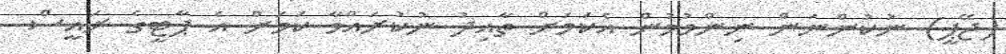
(ޖޭޕީ) ނުކުންނަން ނިންމުމުން އެކަމަށް ތާއިދު ނުކުރައްވާ ކަމަށް އެ ޕާޓީގެ ރައީސް